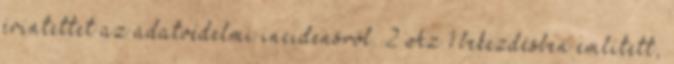
érintettet az adatvédelmi incidensről. 2 Az 1 bekezdésben említett,